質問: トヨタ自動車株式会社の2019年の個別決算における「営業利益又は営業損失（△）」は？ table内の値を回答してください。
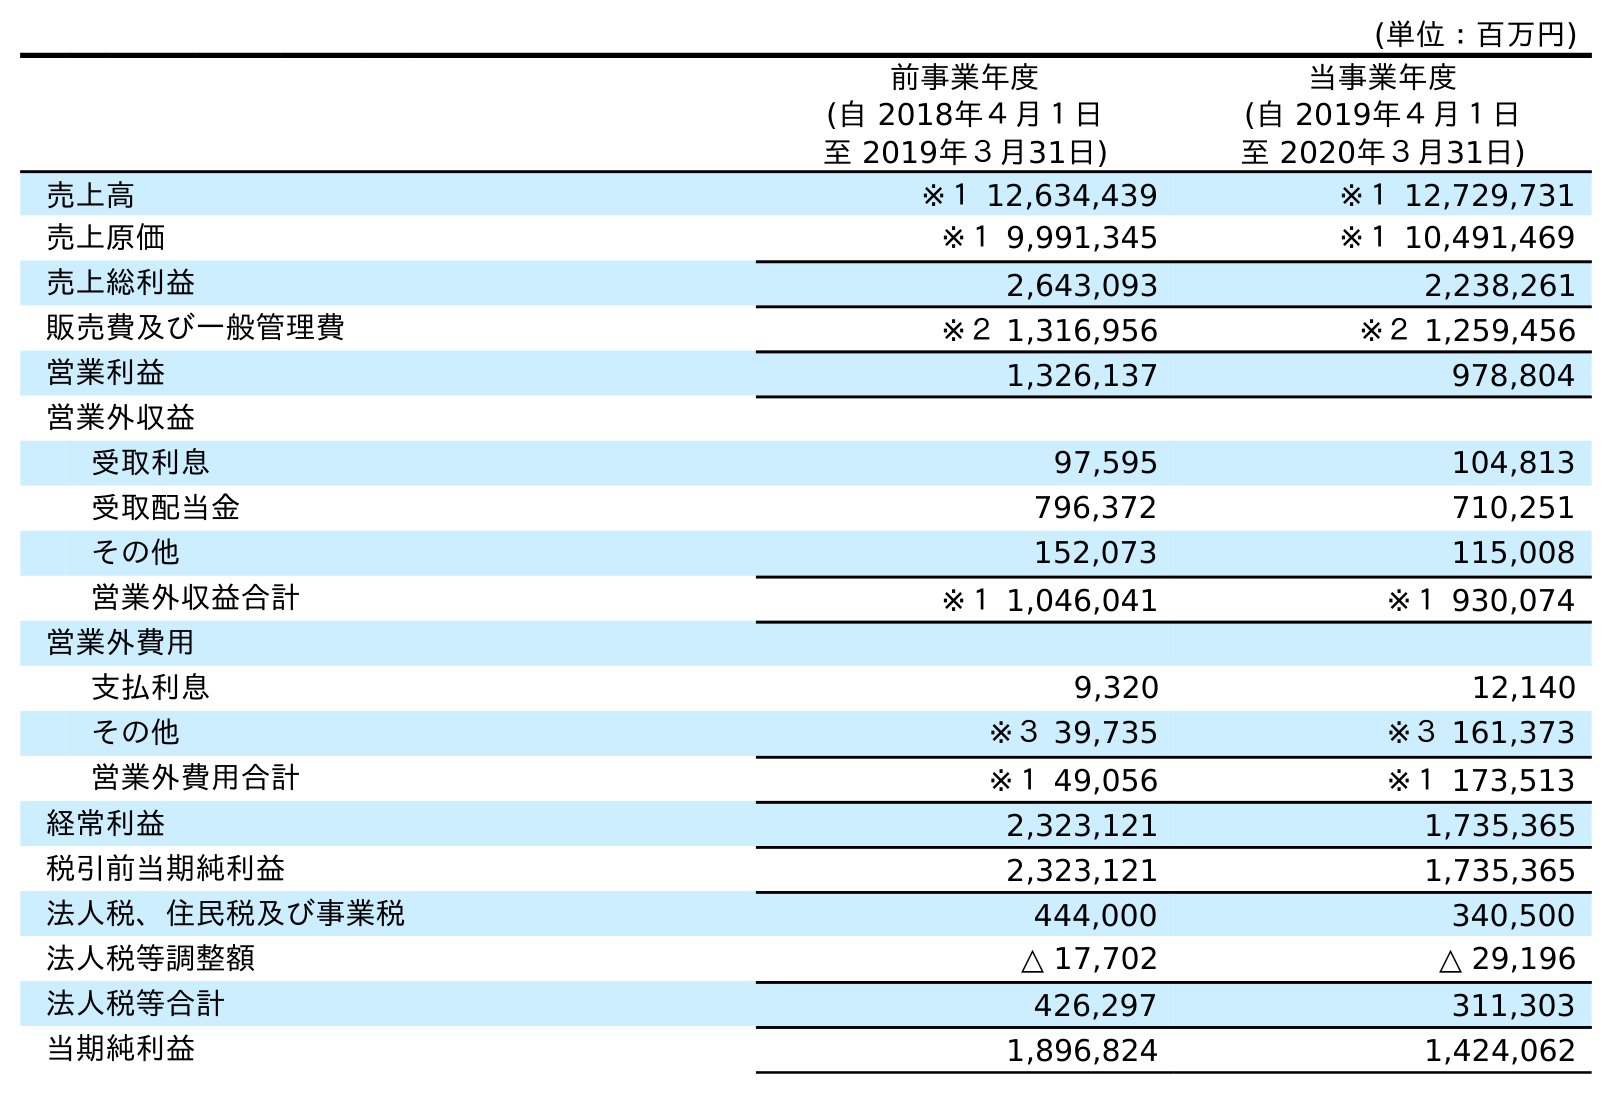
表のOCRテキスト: (単位：百万円) 前事業年度 (自 2018年４月１日 至 2019年３月31日) 当事業年度 (自 2019年４月１日 至 2020年３月31日) 売上高 ※１ 12,634,439 ※１ 12,729,731 売上原価 ※１ 9,991,345 ※１ 10,491,469 売上総利益 2,643,093 2,238,261 販売費及び一般管理費 ※２ 1,316,956 ※２ 1,259,456 営業利益 1,326,137 978,804 営業外収益 受取利息 97,595 104,813 受取配当金 796,372 710,251 その他 152,073 115,008 営業外収益合計 ※１ 1,046,041 ※１ 930,074 営業外費用 支払利息 9,320 12,140 その他 ※３ 39,735 ※３ 161,373 営業外費用合計 ※１ 49,056 ※１ 173,513 経常利益 2,323,121 1,735,365 税引前当期純利益 2,323,121 1,735,365 法人税、住民税及び事業税 444,000 340,500 法人税等調整額 △ 17,702 △ 29,196 法人税等合計 426,297 311,303 当期純利益 1,896,824 1,424,062
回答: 1,326,137